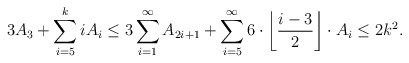
\begin{align*} 3A_3+\sum_{i=5}^k iA_i\le3\sum_{i=1}^\infty A_{2i+1}+\sum_{i=5}^\infty 6\cdot\left\lfloor\frac{i-3}{2}\right\rfloor\cdot A_i \le 2k^2. \end{align*}